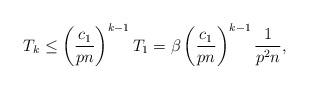
LaTeX: \begin{align*}T_{k} \leq \left( \frac{c_1}{pn} \right)^{k-1}T_1 = \beta \left( \frac{c_1}{pn} \right)^{k-1} \frac{1}{p^2n},\end{align*}